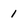
Character: 1